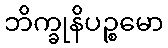
ဘိက္ခုနိပဉ္စမော